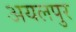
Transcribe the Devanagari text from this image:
अयलपुर